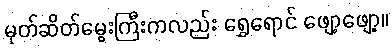
မုတ်ဆိတ်မွေးကြီးကလည်း ရွှေရောင် ဖျော့ဖျော့။